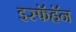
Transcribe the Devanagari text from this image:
इस्फॅहॅन